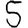
Digit: 5